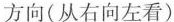
方向(从右向左看)